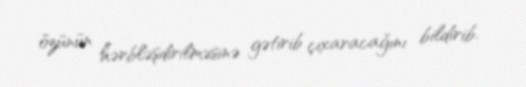
özünün hərbləşdirilməsinə gətirib çıxaracağını bildirib.